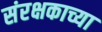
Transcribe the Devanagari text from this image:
संरक्षकाच्या